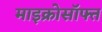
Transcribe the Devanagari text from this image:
माइक्रोसॉफ्त